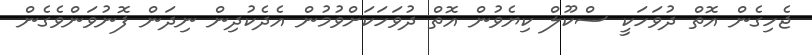
ޖެހިގެން އޮތް ދުވަހަކީ ސްކޫލް ކިޔެވުން އޮތް ދުވަހަކަށްވުމުން އެދެކުދިން ނިދަން ފޮނުވަންވެގެން